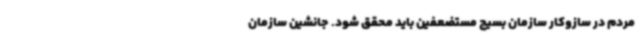
مردم در سازوکار سازمان بسیج مستضعفین باید محقق شود. جانشین سازمان